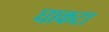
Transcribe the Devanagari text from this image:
घाकटा